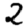
Digit: 2